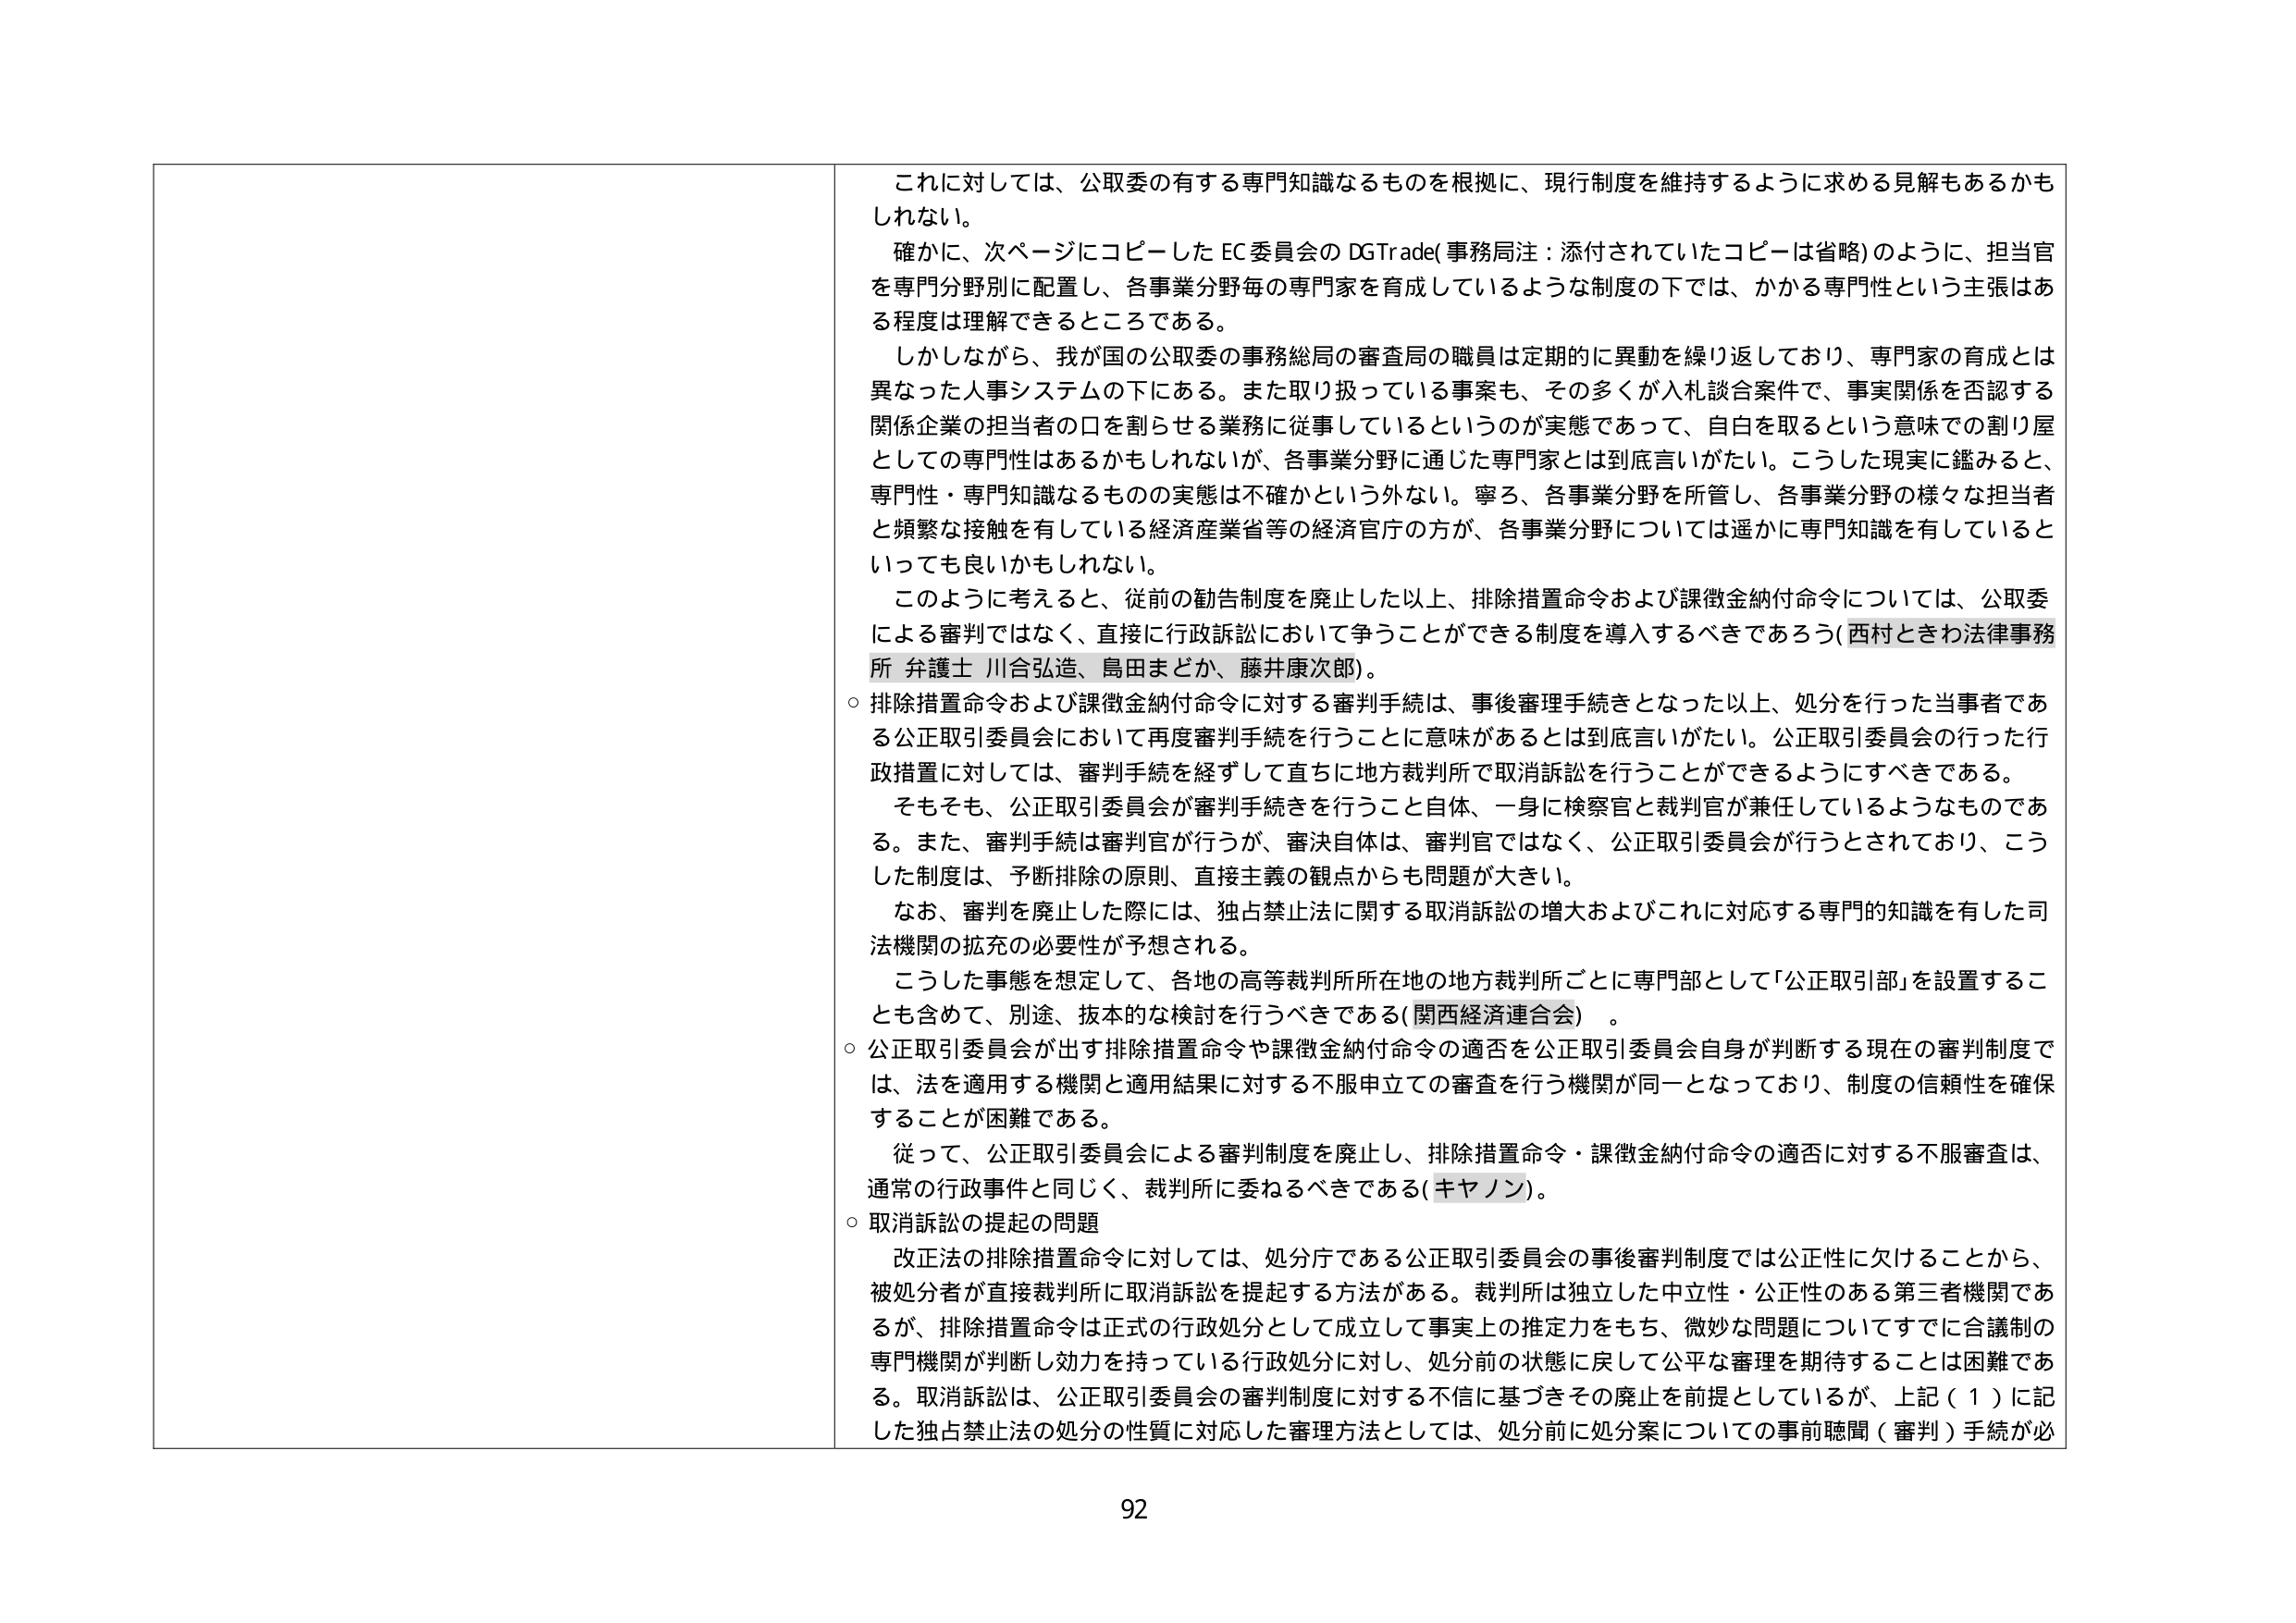
これに対しては、公取委の有する専門知識なるものを根拠に、現行制度を維持するように求める見解もあるかもしれない。

確かに、次ページにコピーした EC委員会のDGTrade(事務局注：添付されていたコピーは省略)のように、担当官を専門分野別に配置し、各事業分野毎の専門家を育成しているような制度の下では、かかる専門性という主張はある程度は理解できるところである。

しかしながら、我が国の公取委の事務総局の審査局の職員は定期的に異動を繰り返しており、専門家の育成とは異なった人事システムの下にある。また取り扱っている事案も、その多くが入札談合案件で、事実関係を否認する関係企業の担当者の口を割らせる業務に従事しているというのが実態であって、自白を取るという意味での割り屋としての専門性はあるかもしれないが、各事業分野に通じた専門家とは到底言いがたい。こうした現実に鑑みると、専門性・専門知識なるものの実態は不確かという外ない。寧ろ、各事業分野を所管し、各事業分野の様々な担当者と頻繁な接触を有している経済産業省等の経済官庁の方が、各事業分野については遥かに専門知識を有しているといっても良いかもしれない。

このように考えると、従前の勧告制度を廃止した以上、排除措置命令および課徴金納付命令については、公取委による審判ではなく、直接に行政訴訟において争うことができる制度を導入するべきであろう(西村ときわ法律事務所 弁護士 川合弘造、島田まどか、藤井康次郎)。

○ 排除措置命令および課徴金納付命令に対する審判手続は、事後審理手続きとなった以上、処分を行った当事者である公正取引委員会において再度審判手続を行うことに意味があるとは到底言いがたい。公正取引委員会の行った行政措置に対しては、審判手続を経ずして直ちに地方裁判所で取消訴訟を行うことができるようにすべきである。

そもそも、公正取引委員会が審判手続を行うこと自体、一身に検察官と裁判官が兼任しているようなものである。また、審判手続は審判官が行うが、審決自体は、審判官ではなく、公正取引委員会が行うとされており、こうした制度は、予断排除の原則、直接主義の観点からも問題が大きい。

なお、審判を廃止した際には、独占禁止法に関する取消訴訟の増大およびこれに対応する専門的知識を有した司法機関の拡充の必要性が予想される。

こうした事態を想定して、各地の高等裁判所所在地の地方裁判所ごとに専門部として「公正取引部」を設置することも含めて、別途、抜本的な検討を行うべきである(関西経済連合会)。

○ 公正取引委員会が出す排除措置命令や課徴金納付命令の適否を公正取引委員会自身が判断する現在の審判制度では、法を適用する機関と適用結果に対する不服申立ての審査を行う機関が同一となっており、制度の信頼性を確保することが困難である。

従って、公正取引委員会による審判制度を廃止し、排除措置命令・課徴金納付命令の適否に対する不服審査は、通常の行政事件と同じく、裁判所に委ねるべきである(キヤノン)。

○ 取消訴訟の提起の問題

改正法の排除措置命令に対しては、処分庁である公正取引委員会の事後審判制度では公正性に欠けることから、被処分者が直接裁判所に取消訴訟を提起する方法がある。裁判所は独立した中立性・公正性のある第三者機関であるが、排除措置命令は正式の行政処分として成立して事実上の推定力をもち、微妙な問題についてすでに合議制の専門機関が判断し効力を持っている行政処分に対し、処分前の状態に戻して公平な審理を期待することは困難である。取消訴訟は、公正取引委員会の審判制度に対する不信に基づきその廃止を前提としているが、上記(1)に記した独占禁止法の処分の性質に対応した審理方法としては、処分前に処分案についての事前聴聞（審判）手続が必

92